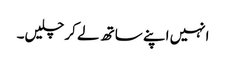
انہیں اپنے ساتھ لے کر چلیں۔